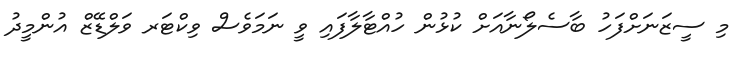
މި ސީޒަނަށްފަހު ބާސެލޯނާއަށް ކުޅުން ހުއްޓާލާފައި ވީ ނަމަވެސް ވިކްޓަރ ވަލްޑޭޒް އުންމީދު